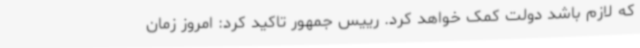
که لازم باشد دولت کمک خواهد کرد. رییس جمهور تاکید کرد: امروز زمان